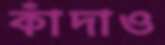
কাঁদাও